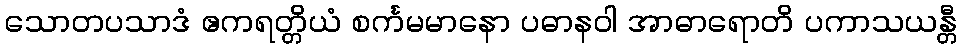
သောတပသာဒံ ဧကရတ္တိယံ စင်္ကမမာနော ပဓာနဝါ အာဓာရောတိ ပကာသယန္တီ